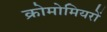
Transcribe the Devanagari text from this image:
क्रोमोमियरों